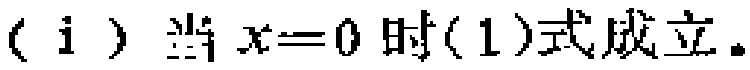
（ⅰ）当\(x = 0\)时(1)式成立。